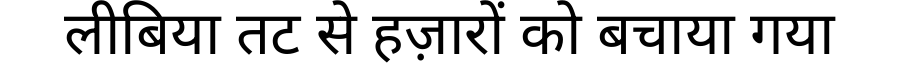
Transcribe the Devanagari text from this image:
लीबिया तट से हज़ारों को बचाया गया